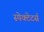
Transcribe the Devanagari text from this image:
स्पेक्टेटर्स